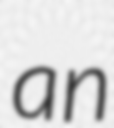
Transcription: an